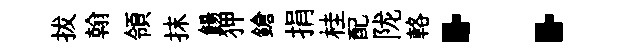
拔翰領抹餳狎鎗捐桂配陇輅：